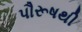
પૌરૂષથી